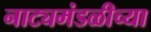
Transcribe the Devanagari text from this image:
नाट्यमंडळीच्या